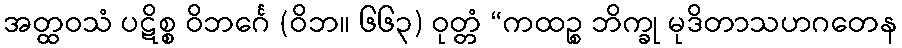
အတ္ထဝသံ ပဋိစ္စ ဝိဘင်္ဂေ (ဝိဘ။ ၆၆၃) ဝုတ္တံ “ကထဉ္စ ဘိက္ခု မုဒိတာသဟဂတေန